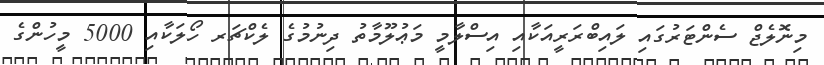
މިނޮލެޖް ސެންޓަރުގައި ލައިބްރަރީއަކާއި އިސްލާމީ މަޢުލޫމާތު ދިނުމުގެ ލެކްޗަރ ހޯލަކާއި 5000 މީހުންގެ